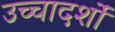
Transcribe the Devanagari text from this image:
उच्चादर्शों